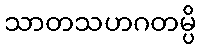
သာတသဟဂတမ္ပိ